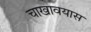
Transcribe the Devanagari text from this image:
चाखावयास